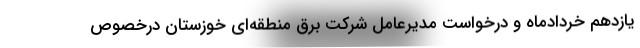
یازدهم خردادماه و درخواست مدیرعامل شرکت برق منطقه‌ای خوزستان درخصوص